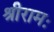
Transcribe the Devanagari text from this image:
श्रीरामः